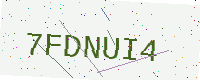
Text: 7FDNUI4